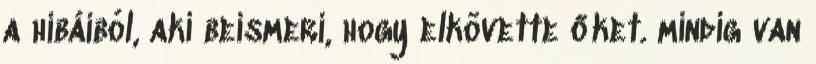
a hibáiból, aki beismeri, hogy elkövette őket. mindig van